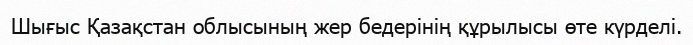
Шығыс Қазақстан облысының жер бедерінің құрылысы өте күрделі.